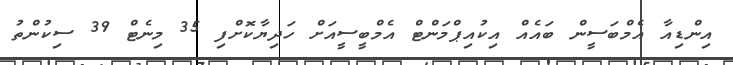
އިންޑިއާ އެމްބަސީން ބައެއް އިކުއިޕްމަންޓް އެމްބީސީއަށް ހަދިޔާކޮށްފި 35 މިނެޓް 39 ސިކުންތު